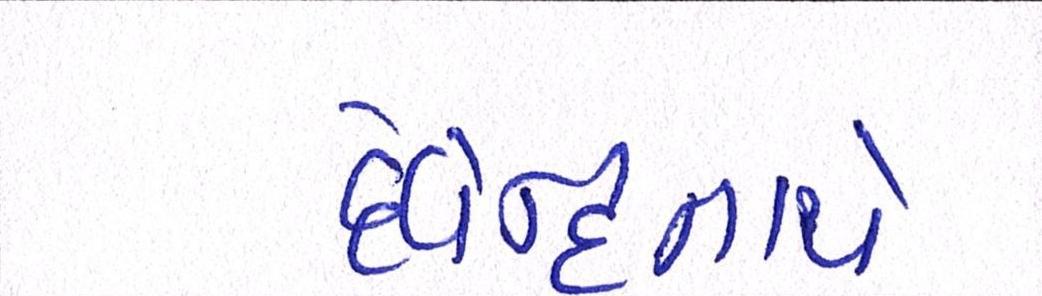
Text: દેવેન્દ્રનાથે